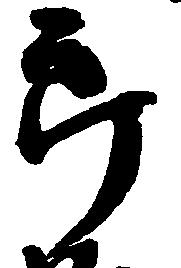
郎